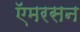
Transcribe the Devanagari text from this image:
ऍमरसन